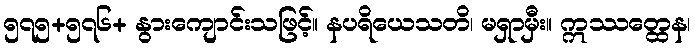
၅၇၅+၅၇၆+ နွားကျောင်းသဖြင့်။ နပရိယေသတိ၊ မရှာမှီး။ ဣဿတ္ထေန၊